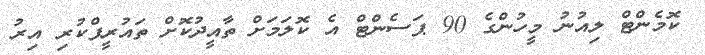
ކޮމެންޓް ލިއުނު މީހުންގެ 90 ޕަސެންޓް އެ ކޮލަމަށް ތާއީދުކޮށް ތައުރީފްކުރި އިރު